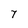
Character: 7